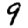
Digit: 9